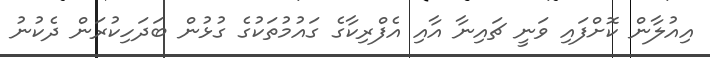
އިއުލާން ކޮށްފައި ވަނީ ޗައިނާ އާއި އެފްރިކާގެ ގައުމުތަކުގެ ގުޅުން ބަދަހިކުރަން ދެކުނު